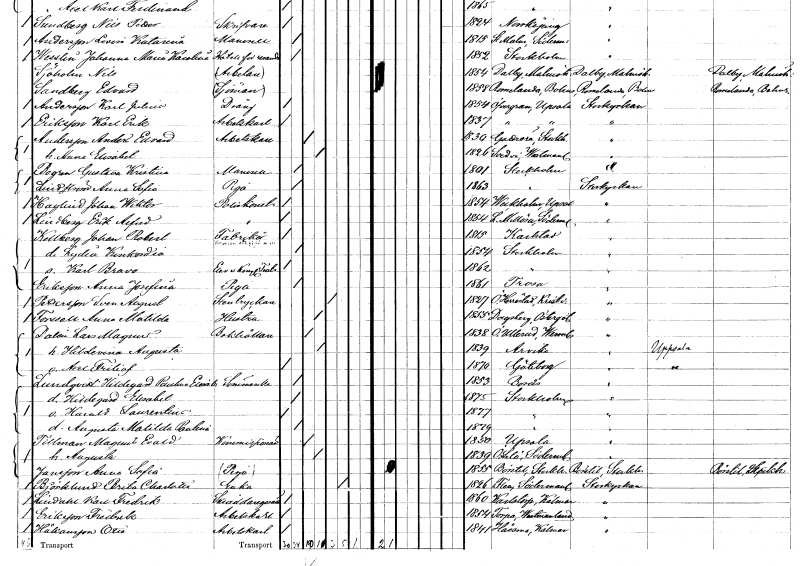
gt_parse: households: individuals: FN: Anders Edvard
EN: Andersson
YRKE: Arbetskarl
KON: M
CIV: G
FODAR: 1830
FODFORS: Gottröra Stockholms län
FN: Anna Elisabet
KON: K
CIV: G
FODAR: 1826
FODFORS: Svedvi Västmanlands län
FN: Gustava Kristina
EN: Bogren
KON: K
CIV: O
FODAR: 1801
FODFORS: Stockholm
FN: Anna Sofia
EN: Lindström
YRKE: Piga
KON: K
CIV: O
FODAR: 1863
FODFORS: Stockholm
FN: Johan Wiktor
EN: Haglind
YRKE: Poliskonstapel
KON: M
CIV: O
FODAR: 1854
FODFORS: Veckholm Uppsala län
FN: Erik Alfred
EN: Lindberg
YRKE: Poliskonstapel
KON: M
CIV: O
FODAR: 1854
FODFORS: Lilla Mellösa Södermanlands län
FN: Johan Robert
EN: Kellberg
YRKE: Fabrikör
KON: M
CIV: O
FODAR: 1815
FODFORS: Karlstad Värmlands län
FN: Lydia Konkordia
KON: K
CIV: O
FODAR: 1854
FODFORS: Stockholm
FN: Karl Bravo
YRKE: Elev v. Kongl Teat.
KON: M
CIV: O
FODAR: 1862
FODFORS: Stockholm
FN: Anna Josefina
EN: Eriksson
YRKE: Piga
KON: K
CIV: O
FODAR: 1861
FODFORS: Trosa Södermanlands län
FN: Sven August
EN: Pettersson
YRKE: Stentryckare
KON: M
CIV: E
FODAR: 1827
FODFORS: Östra Herrestad Kristianstads län
FN: Anna Matilda
EN: Forsell
YRKE: Hustru
KON: K
CIV: G
FODAR: 1855
FODFORS: Dagsberg Östergötlands län
FN: Lars Magnus
EN: Dalin
YRKE: Bokhållare
KON: M
CIV: G
FODAR: 1838
FODFORS: Övre Ullerud Värmlands län
FN: Hildemina Augusta
KON: K
CIV: G
FODAR: 1839
FODFORS: Arvika Värmlands län
FN: Axel Fritiof
KON: M
CIV: O
FODAR: 1870
FODFORS: Göteborg Göteborgs- och Bohuslän
FN: Hildegard Paulina Elisabet
EN: Lundqvist
YRKE: Sömmerska
KON: K
CIV: O
FODAR: 1853
FODFORS: Borås Älvsborgs län
FN: Hildegard Elisabet
KON: K
CIV: O
FODAR: 1875
FODFORS: Stockholm
FN: Harald Laurentius
KON: M
CIV: O
FODAR: 1877
FODFORS: Stockholm
FN: Augusta Matilda Paulina
KON: K
CIV: O
FODAR: 1879
FODFORS: Stockholm
FN: Magnus Evald
EN: Tillman
YRKE: Kommissionär
KON: M
CIV: G
FODAR: 1850
FODFORS: Uppsala Uppsala län
FN: Augusta
KON: K
CIV: G
FODAR: 1839
FODFORS: Överselö Södermanlands län
FN: Anna Sofia
EN: Jansson
YRKE: Piga
KON: K
CIV: O
FODAR: 1855
FODFORS: Börstil Uppsala län
FN: Brita Charlotta
EN: Björklund
YRKE: Änka
KON: K
CIV: E
FODAR: 1826
FODFORS: Flen Södermanlands län
FN: Karl Fredrik
EN: Lindahl
YRKE: Skräddaregesäll
KON: M
CIV: O
FODAR: 1860
FODFORS: Karlstorp Jönköpings län
FN: Fredrik
EN: Eriksson
YRKE: Arbetskarl
KON: M
CIV: O
FODAR: 1854
FODFORS: Torpa Västmanlands län
FN: Otto
EN: Håkansson
YRKE: Arbetskarl
KON: M
CIV: O
FODAR: 1841
FODFORS: Hossmo Kalmar län